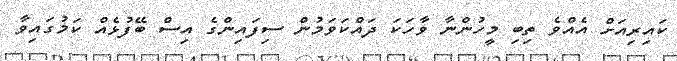
ކައިރިއަށް އެއްވެ ތިބި މީހުންނާ ވާހަކަ ދައްކަވަމުން ސިފައިންގެ އިސް ބޭފުޅެއް ކަމުގައިވާ